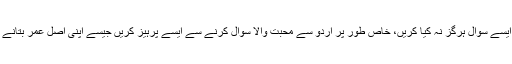
اس لئے صنف نازک ایسے سوال ہرگز نہ کیا کریں، خاص طور پر اردو سے محبت والا سوال کرنے سے ایسے پرہیز کریں جیسے اپنی اصل عمر بتانے سے پرہیز کرتی ہیں۔